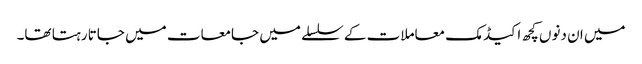
میں ان دنوں کچھ اکیڈمک معاملات کے سلسلے میں جامعات میں جاتا رہتا تھا۔